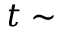
t \sim